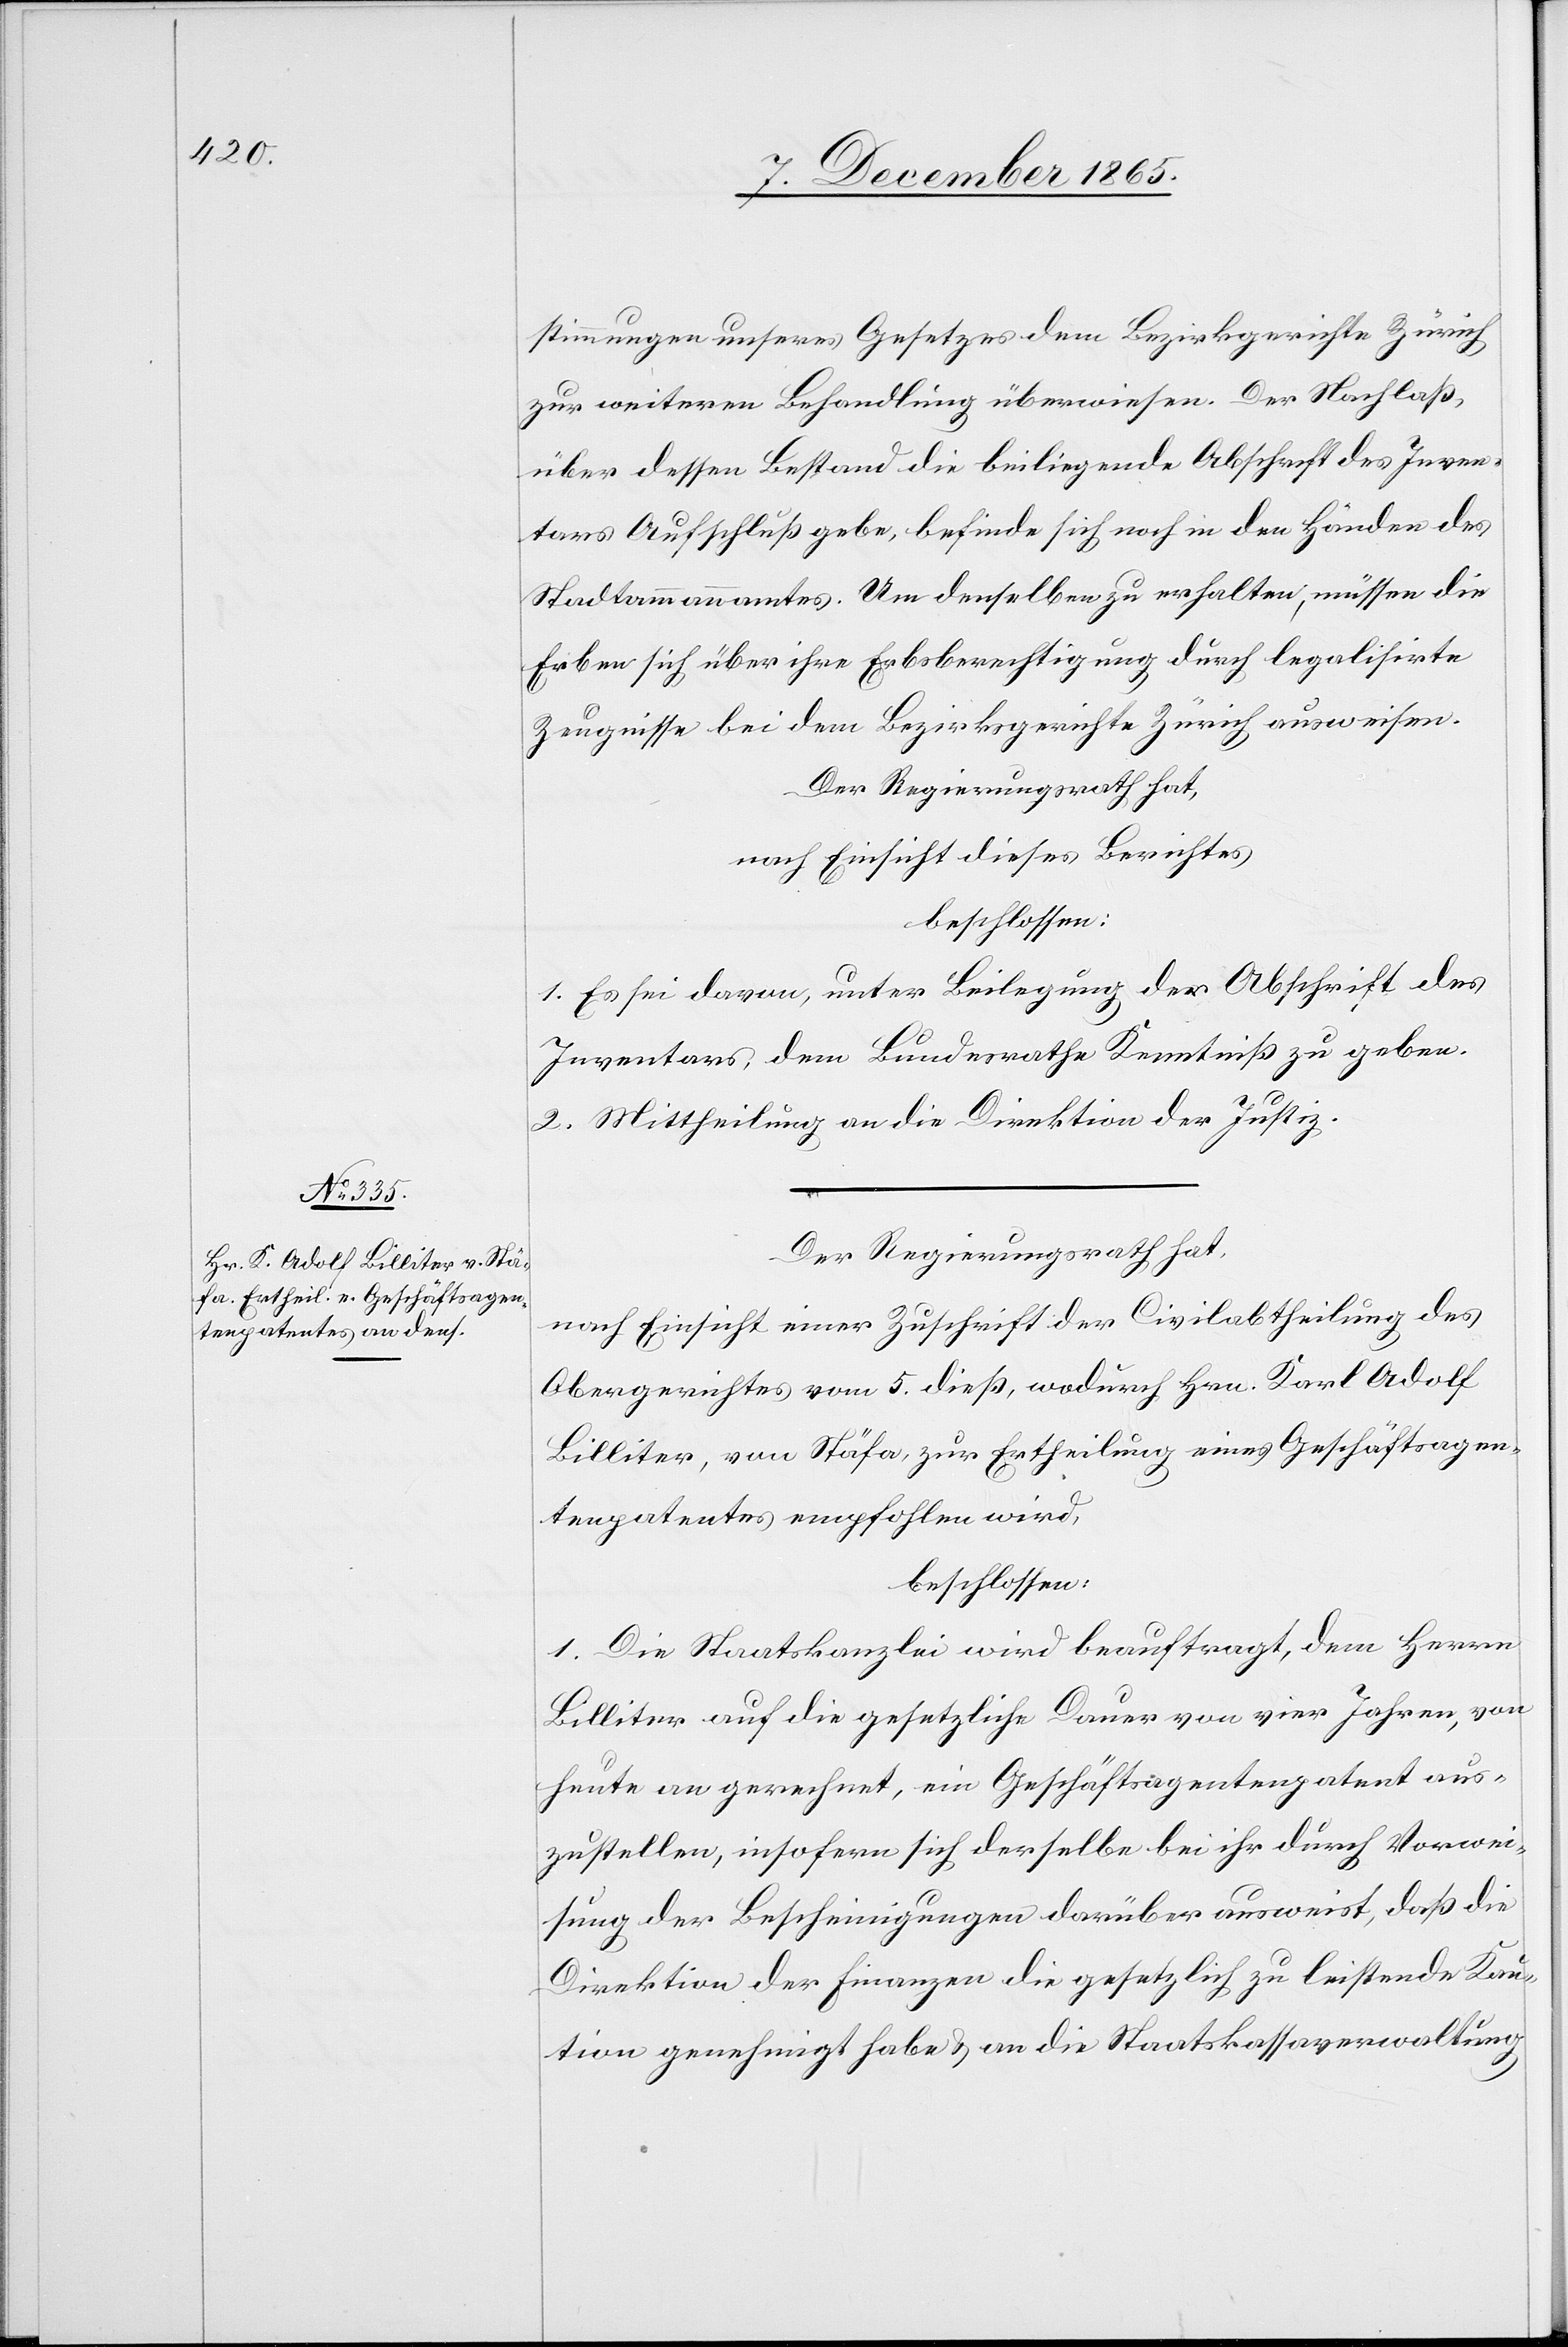
stimmungen unseres Gesetzes dem Bezirksgerichte Zürich
zur weitern Behandlung überwiesen. Der Nachlaß,
über dessen Bestand die beiliegende Abschrift des Inven¬
tars Aufschluß gebe, befinde sich noch in den Händen den
Stadtammannamtes. Um denselben zu erhalten, müssen die
Erben sich über ihre Erbschaftsberechtigung durch legalisirte
Zeugnisse bei dem Bezirksgerichte Zürich ausweisen.
Der Regierungsrath hat,
nach Einsicht dieses Berichtes,
beschlossen:
1. Es sei davon, unter Beilegung der Abschrift des
Inventars, dem Bundesrathe Kenntniß zu geben.
2. Mittheilung an die Direktion der Justiz.
Der Regierungsrath hat,
nach Einsicht einer Zuschrift der Civilabtheilung des
Obergerichtes vom 5. dieß, wodurch Hrn. [sic!] Karl Adolf
Billiter, von Stäfa, zur Ertheilung eines Geschäftsagen¬
tenpatentes empfohlen wird,
beschlossen:
1. Die Staatskanzlei wird beauftragt, dem Herrn
Billiter auf die gesetzliche Dauer von vier Jahren, von
heute an gerechnet, ein Geschäftsagentenpatent aus¬
zustellen, insofern sich derselbe bei ihr durch Vorwei¬
sung der Bescheinigungen darüber ausweist, daß die
Direktion der Finanzen die gesetzlich zu leistende Kau¬
tion genehmigt habe & an die Staatskassaverwaltung